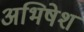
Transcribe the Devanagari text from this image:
अभिषेश